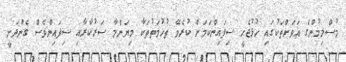
މުސްލިމުންގެ އަވަށްތަކުގައި ހުޅުޖެހީ ސިފައިންކަމަށް ކުރެވޭ ތުހުމަތުތަކާ މިޔަންމާ ސަރުކާރާއި ސިފައިންވެސް ގެންދަނީ